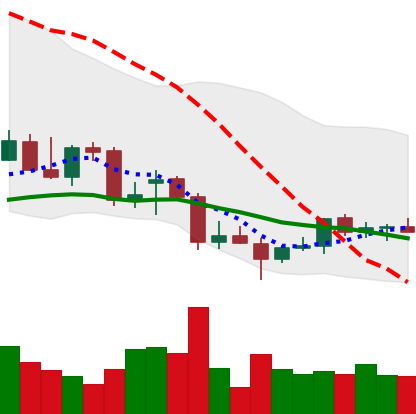
Ticker: TRX-USD
Chart end date: 2021-12-27
Forward return: -5.422%
Label: down_5_7